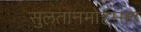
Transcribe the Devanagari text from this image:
सुलतानमोहम्मद